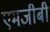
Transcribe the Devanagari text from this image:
एमजीबी